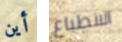
أين الانطباع